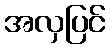
အလှပြင်